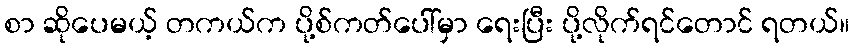
စာ ဆိုပေမယ့် တကယ်က ပို့စ်ကတ်ပေါ်မှာ ရေးပြီး ပို့လိုက်ရင်တောင် ရတယ်။